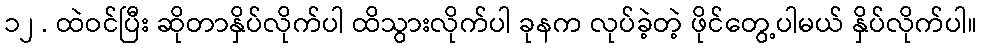
၁၂ . ထဲဝင်ပြီး ဆိုတာနှိပ်လိုက်ပါ ထိသွားလိုက်ပါ ခုနက လုပ်ခဲ့တဲ့ ဖိုင်တွေ့ပါမယ် နှိပ်လိုက်ပါ။